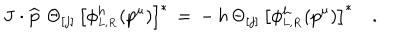
LaTeX: { \bf J } \cdot \widehat { \bf p } \, \, \Theta _ { [ j ] } \, \left[ \phi _ { _ { L , R } } ^ { h } ( { p } ^ { \mu } ) \right] ^ { \ast } \, = \, - \, h \, \Theta _ { [ j ] } \, \left[ \phi _ { _ { L , R } } ^ { h } ( { p } ^ { \mu } ) \right] ^ { \ast } \quad .